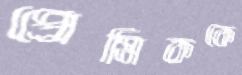
প্রেমিককে